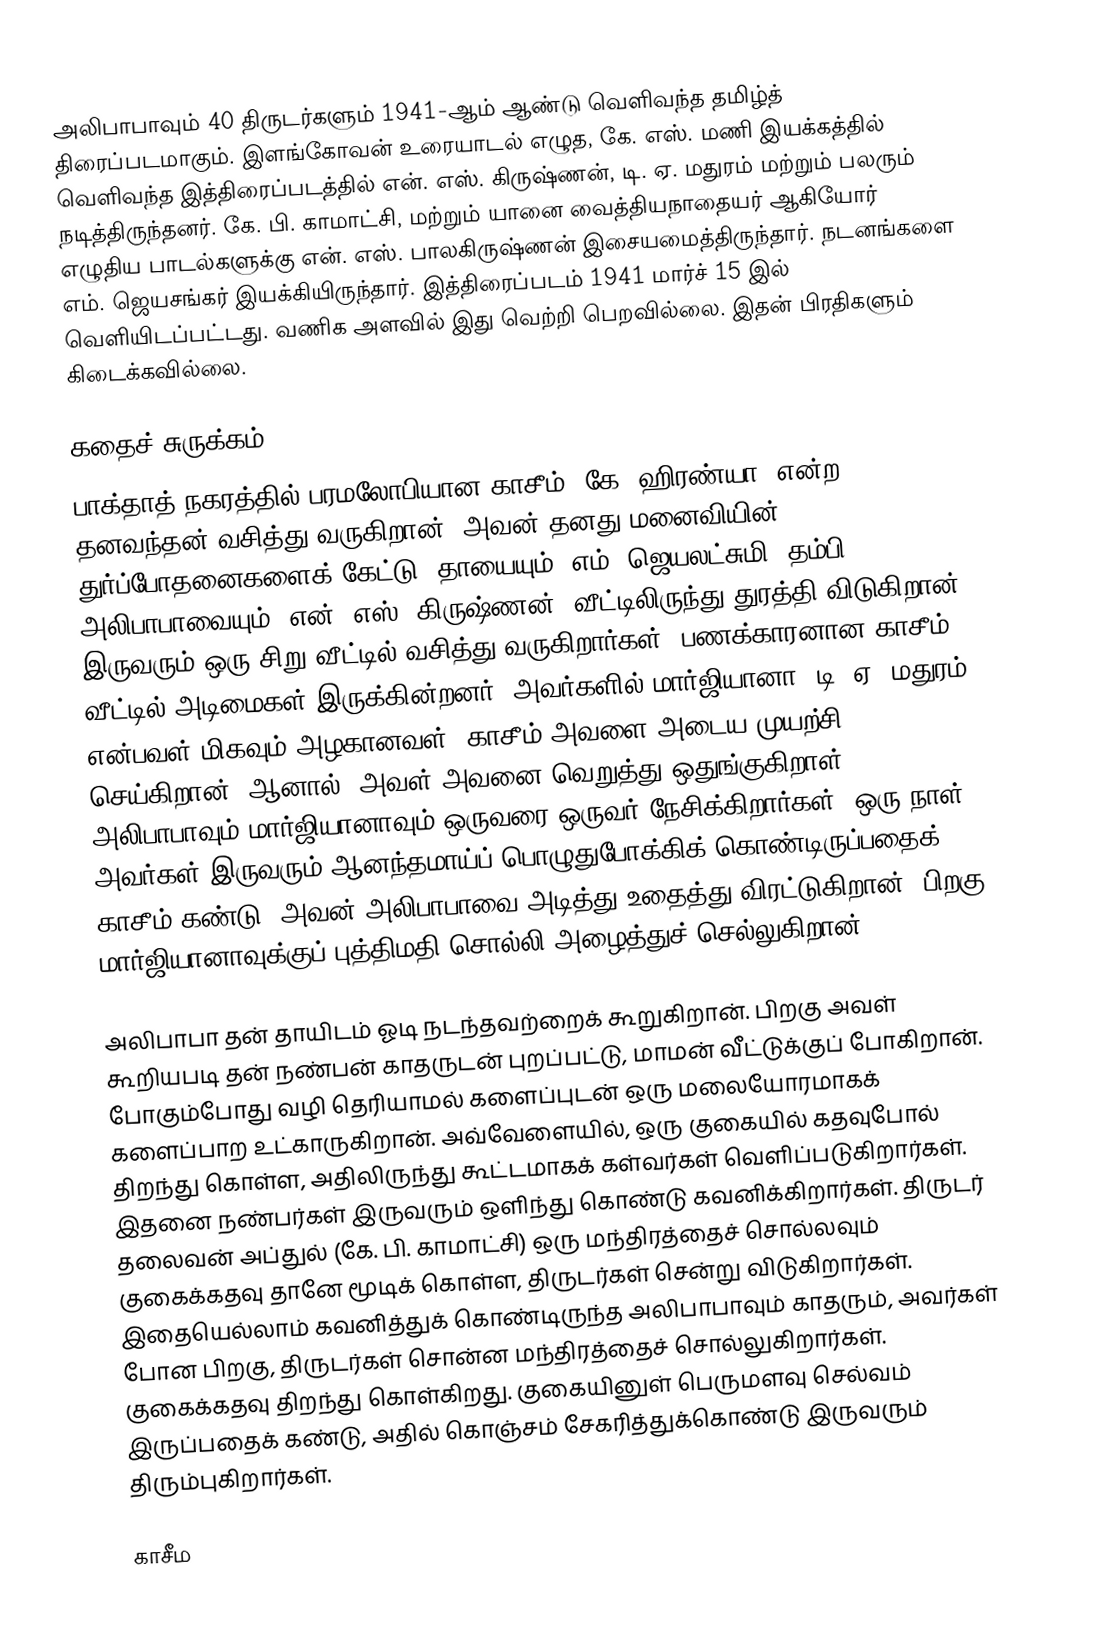
அலிபாபாவும் 40 திருடர்களும் 1941-ஆம் ஆண்டு வெளிவந்த தமிழ்த் திரைப்படமாகும். இளங்கோவன் உரையாடல் எழுத, கே. எஸ். மணி இயக்கத்தில் வெளிவந்த இத்திரைப்படத்தில் என். எஸ். கிருஷ்ணன், டி. ஏ. மதுரம் மற்றும் பலரும் நடித்திருந்தனர். கே. பி. காமாட்சி, மற்றும் யானை வைத்தியநாதையர் ஆகியோர் எழுதிய பாடல்களுக்கு என். எஸ். பாலகிருஷ்ணன் இசையமைத்திருந்தார். நடனங்களை எம். ஜெயசங்கர் இயக்கியிருந்தார். இத்திரைப்படம் 1941 மார்ச் 15 இல் வெளியிடப்பட்டது. வணிக அளவில் இது வெற்றி பெறவில்லை. இதன் பிரதிகளும் கிடைக்கவில்லை.

கதைச் சுருக்கம்
பாக்தாத் நகரத்தில் பரமலோபியான காசீம் (கே. ஹிரண்யா) என்ற தனவந்தன் வசித்து வருகிறான். அவன் தனது மனைவியின் துர்ப்போதனைகளைக் கேட்டு, தாயையும் (எம். ஜெயலட்சுமி) தம்பி அலிபாபாவையும் (என். எஸ். கிருஷ்ணன்) வீட்டிலிருந்து துரத்தி விடுகிறான். இருவரும் ஒரு சிறு வீட்டில் வசித்து வருகிறார்கள். பணக்காரனான காசீம் வீட்டில் அடிமைகள் இருக்கின்றனர். அவர்களில் மார்ஜியானா (டி. ஏ. மதுரம்) என்பவள் மிகவும் அழகானவள். காசீம் அவளை அடைய முயற்சி செய்கிறான். ஆனால், அவள் அவனை வெறுத்து ஒதுங்குகிறாள். அலிபாபாவும் மார்ஜியானாவும் ஒருவரை ஒருவர் நேசிக்கிறார்கள். ஒரு நாள் அவர்கள் இருவரும் ஆனந்தமாய்ப் பொழுதுபோக்கிக் கொண்டிருப்பதைக் காசீம் கண்டு, அவன் அலிபாபாவை அடித்து உதைத்து விரட்டுகிறான். பிறகு மார்ஜியானாவுக்குப் புத்திமதி சொல்லி அழைத்துச் செல்லுகிறான்.

அலிபாபா தன் தாயிடம் ஓடி நடந்தவற்றைக் கூறுகிறான். பிறகு அவள் கூறியபடி தன் நண்பன் காதருடன் புறப்பட்டு, மாமன் வீட்டுக்குப் போகிறான். போகும்போது வழி தெரியாமல் களைப்புடன் ஒரு மலையோரமாகக் களைப்பாற உட்காருகிறான். அவ்வேளையில், ஒரு குகையில் கதவுபோல் திறந்து கொள்ள, அதிலிருந்து கூட்டமாகக் கள்வர்கள் வெளிப்படுகிறார்கள். இதனை நண்பர்கள் இருவரும் ஒளிந்து கொண்டு கவனிக்கிறார்கள். திருடர் தலைவன் அப்துல் (கே. பி. காமாட்சி) ஒரு மந்திரத்தைச் சொல்லவும் குகைக்கதவு தானே மூடிக் கொள்ள, திருடர்கள் சென்று விடுகிறார்கள். இதையெல்லாம் கவனித்துக் கொண்டிருந்த அலிபாபாவும் காதரும், அவர்கள் போன பிறகு, திருடர்கள் சொன்ன மந்திரத்தைச் சொல்லுகிறார்கள். குகைக்கதவு திறந்து கொள்கிறது. குகையினுள் பெருமளவு செல்வம் இருப்பதைக் கண்டு, அதில் கொஞ்சம் சேகரித்துக்கொண்டு இருவரும் திரும்புகிறார்கள்.

காசீம